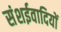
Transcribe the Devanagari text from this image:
संशईवादियों